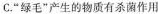
C.”绿毛”产生的物质有杀菌作用